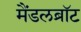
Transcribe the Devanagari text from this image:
मैंडलब्रॉट